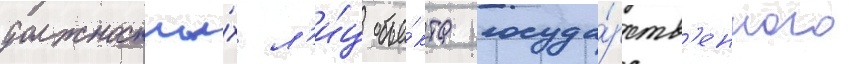
должностны́х л'и́ц объе́кта госуда́рств'енного